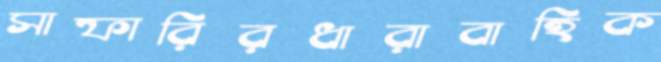
সাফারিরধারাবাহিক